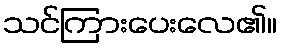
သင်ကြားပေးလေ၏။